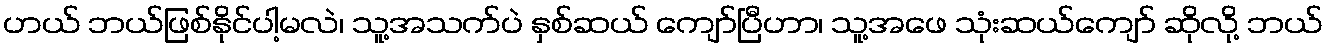
ဟယ် ဘယ်ဖြစ်နိုင်ပါ့မလဲ၊ သူ့အသက်ပဲ နှစ်ဆယ် ကျော်ပြီဟာ၊ သူ့အဖေ သုံးဆယ်ကျော် ဆိုလို့ ဘယ်